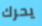
يحرك